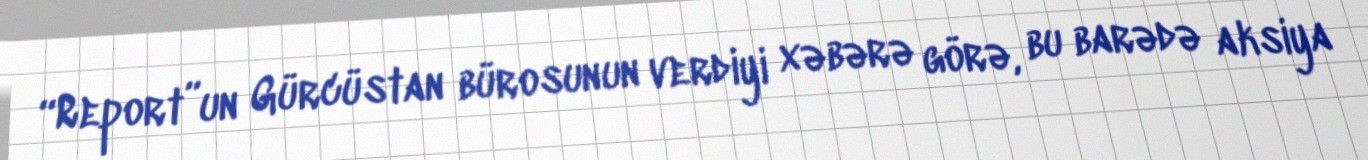
“Report”un Gürcüstan bürosunun verdiyi xəbərə görə, bu barədə aksiya